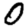
Digit: 0